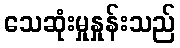
သေဆုံးမှုနှုန်းသည်